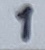
Text: 1